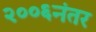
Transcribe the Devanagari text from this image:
२००६नंतर